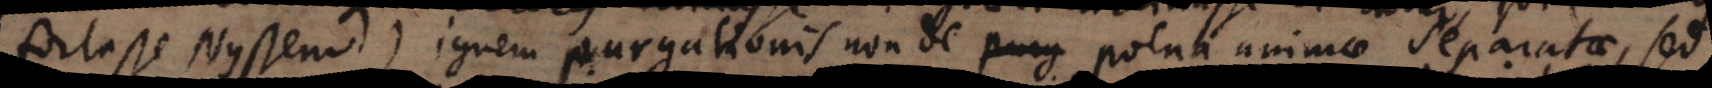
fortasse Nysseno) ignem purgationis non de poena animae separatae, sed